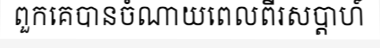
ពួកគេបានចំណាយពេលពីរសប្តាហ៍